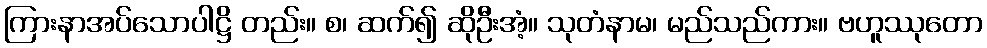
ကြားနာအပ်သောပါဋ္ဌိ တည်း။ စ၊ ဆက်၍ ဆိုဦးအံ့။ သုတံနာမ၊ မည်သည်ကား။ ဗဟူဿုတော